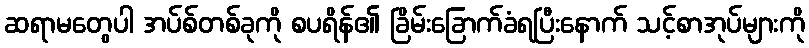
ဆရာမတွေပါ အပ်စ်တစ်ခုကို စပရိန်၏ ခြိမ်းခြောက်ခံရပြီးနောက် သင့်စာအုပ်များကို